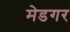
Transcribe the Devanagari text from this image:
मेडगर